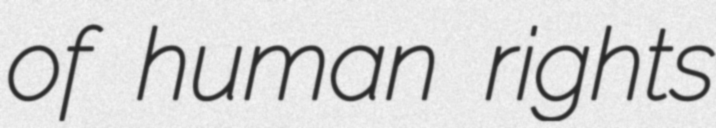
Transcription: of human rights